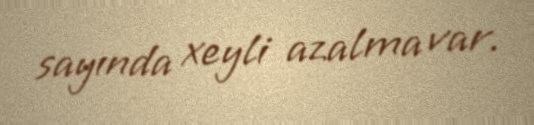
sayında xeyli azalma var.